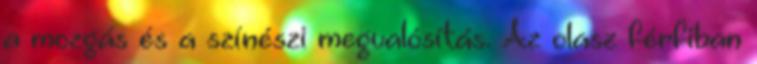
a mozgás és a színészi megvalósítás. Az olasz férfiban